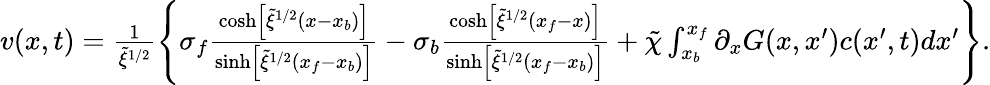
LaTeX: \begin{array}{r}{v(x,t)=\frac{1}{\tilde{\xi}^{1/2}}\left\{ \sigma_{f}\frac{\cosh\left[\tilde{\xi}^{1/2}(x-x_{b})\right]}{\sinh\left[\tilde{\xi}^{1/2}(x_{f}-x_{b})\right]}-\sigma_{b}\frac{\cosh\left[\tilde{\xi}^{1/2}(x_{f}-x)\right]}{\sinh\left[\tilde{\xi}^{1/2}(x_{f}-x_{b})\right]}+\tilde{\chi}\int_{x_{b}}^{x_{f}}\partial_{x}G(x,x^{\prime})c(x^{\prime},t)dx^{\prime}\right\} .}\end{array}